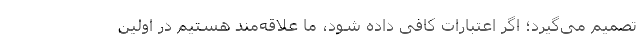
تصمیم می‌گیرد؛ اگر اعتبارات کافی داده شود، ما علاقه‌مند هستیم در اولین